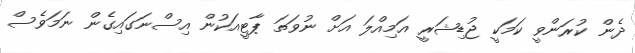
ދެން ކުރަންވީ ކަމަކީ ޖުޑިޝަރީ އަމިއްލަ އަށް ނުވަތަ ޕާޓީއަކުން އިސްނަގައިގެން ނަމަވެސް